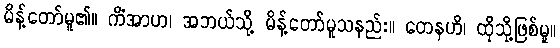
မိန့်တော်မူ၏။ ကိံအာဟ၊ အဘယ်သို့ မိန့်တော်မူသနည်း။ တေနဟိ၊ ထိုသို့ဖြစ်မူ။